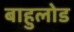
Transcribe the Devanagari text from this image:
बाहुलोड